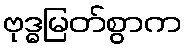
ဗုဒ္ဓမြတ်စွာက